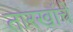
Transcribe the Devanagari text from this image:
तारखांचे